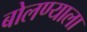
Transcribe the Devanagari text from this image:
बोलण्याला